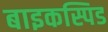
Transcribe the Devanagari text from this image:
बाइकस्पिड